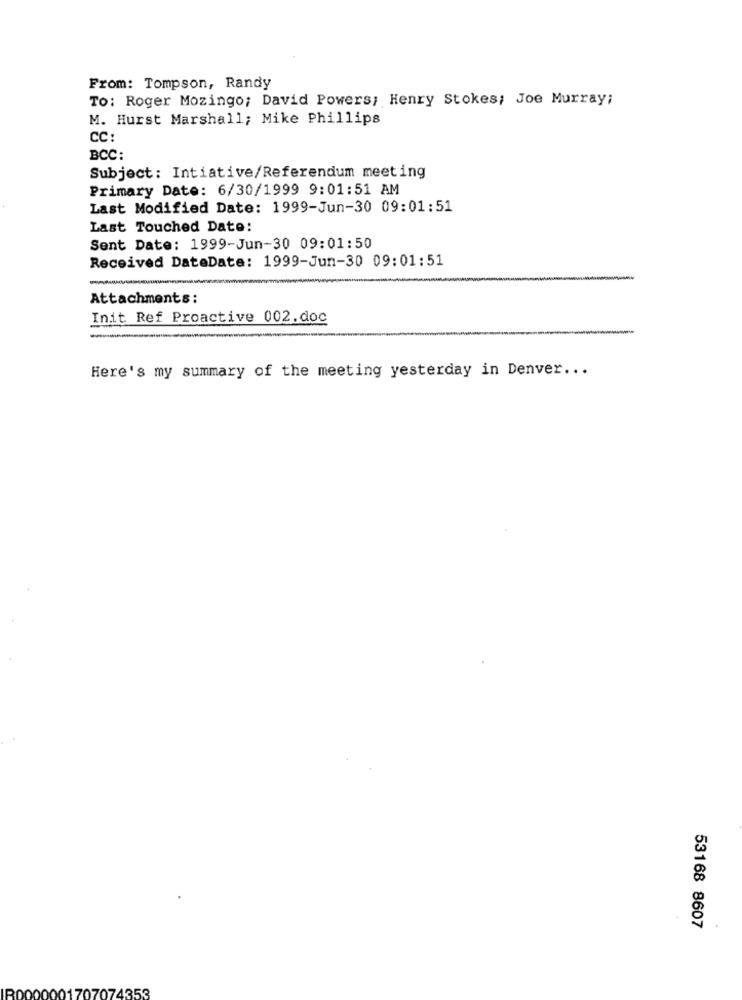
From: Tompson, Randy
To: Roger Mozingo; David Powers; Henry Stokes; Joe Murray;
M. Hurst Marshall; Mike Phillips
CC:
BCC:
Subject: Intiative/Referendum meeting
Primary Date: 6/30/1999 9:01:51 AM
Last Modified Date: 1999-Jun-30 09:01:51
Last Touched Date:
Sent Date: 1999-Jun-30 09:01:50
Received DateDate: 1999-Jun-30 09:01:51
-
Attachments:
Init Ref Proactive 002.doc
Here's my summary of the meeting yesterday in Denver ...
53168 8607
353